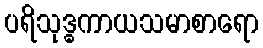
ပရိသုဒ္ဓကာယသမာစာရော